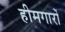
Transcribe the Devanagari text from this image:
हीमगारों